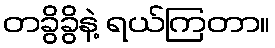
တခွိခွိနဲ့ ရယ်ကြတာ။